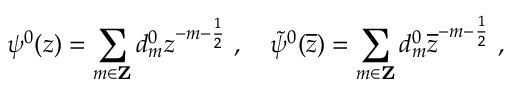
\psi ^ { 0 } ( z ) = \sum _ { m \in { \bf Z } } d _ { m } ^ { 0 } z ^ { - m - \frac { 1 } { 2 } } ~ , \quad \widetilde { \psi } ^ { 0 } ( \overline { { { z } } } ) = \sum _ { m \in { \bf Z } } d _ { m } ^ { 0 } \overline { { { z } } } ^ { - m - \frac { 1 } { 2 } } ~ ,